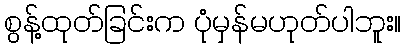
စွန့်ထုတ်ခြင်းက ပုံမှန်မဟုတ်ပါဘူး။